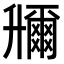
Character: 𠧌